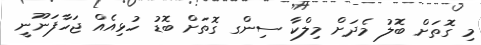
މި ގޮތަށް ބޮލު މެދަށް މިލްކާ ސިންގ ގޮތަށް ބޮޑު ހުޅިއެއް ޖަހާފަނޫނީ